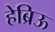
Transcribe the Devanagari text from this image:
हेब्रिऊ